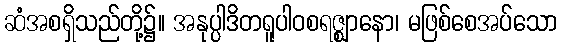
ဆံအစရှိသည်တို့၌။ အနုပ္ပါဒိတရူပါဝစရဇ္ဈာနော၊ မဖြစ်စေအပ်သော